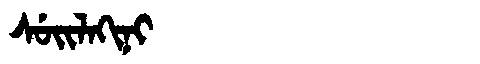
Manchu: ᠰᡠᡳᠯᠠᡴᡳᠨᡳ
Romanization: SUILAKINI